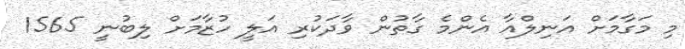
މި މަގާމަށް އަނިލްއާ އެންމެ ގާތުން ވާދަކުރި އަލީ ހުޒާމަށް ލިބުނީ 1565